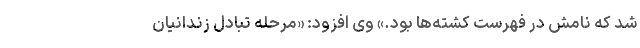
شد که نامش در فهرست کشته‌ها بود.» وی افزود: «مرحله تبادل زندانیان